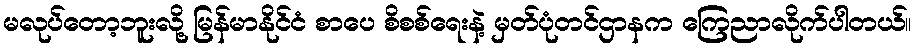
မလုပ်တော့ဘူးလို့ မြန်မာနိုင်ငံ စာပေ စိစစ်ရေးနဲ့ မှတ်ပုံတင်ဌာနက ကြေညာလိုက်ပါတယ်။